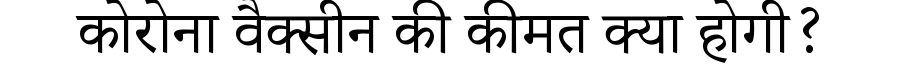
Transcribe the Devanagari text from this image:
कोरोना वैक्सीन की कीमत क्या होगी?